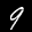
Label: 9